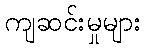
ကျဆင်းမှုများ